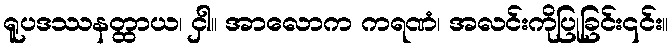
ရူပဒဿနတ္ထာယ၊ ငှါ။ အာလောက ကရဏံ၊ အလင်းကိုပြုခြင်း၎င်း။